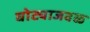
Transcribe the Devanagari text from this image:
घोट्याजवळ